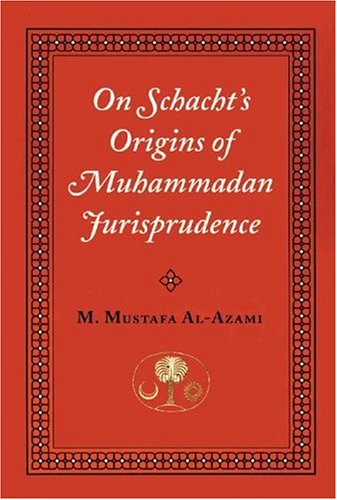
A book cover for On Schacht's Origins of Muhammadan Jurisprudence (Islamic Texts Society); Muhammad M. al-Azami; Religion & Spirituality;